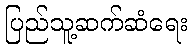
ပြည်သူ့ဆက်ဆံရေး